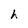
Character: h